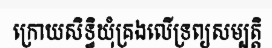
ក្រោយសិទ្ធិឃុំគ្រងលើទ្រព្យសម្បត្តិ